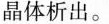
晶体析出。